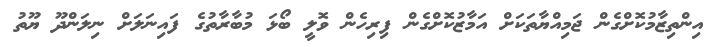
އިންތިޒާމުކޮށްގެން ޖަމިއްޔާތަކަށް އަމާޒުކޮށްގެން ފިރިހެން ވޮލީ ބޯޅަ މުބާރާތުގެ ފައިނަލަށް ނިލަންދޫ ޔޫތު